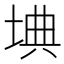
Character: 㙉